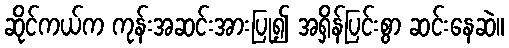
ဆိုင်ကယ်က ကုန်းအဆင်းအားပြု၍ အရှိန်ပြင်းစွာ ဆင်းနေဆဲ။